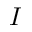
I